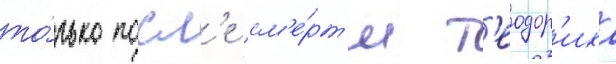
то́лько посл'е см'е́рт'и т'еодор'иха